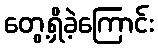
တွေ့ရှိခဲ့ကြောင်း